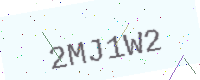
Text: 2MJ1W2